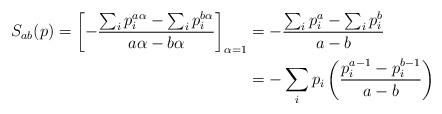
LaTeX: \begin{align*}S_{ab}(p)=\left[-\frac{\sum_{i}p^{a \alpha}_{i}-\sum_{i}p^{b \alpha}_{i}}{a \alpha-b \alpha}\right]_{\alpha=1}&=-\frac{\sum_{i}p^{a}_{i}-\sum_{i}p^{b}_{i}}{a-b}\\&=-\sum_{i}p_{i}\left( \frac{p^{a-1}_{i}-p^{b-1}_{i}}{a-b}\right) \end{align*}